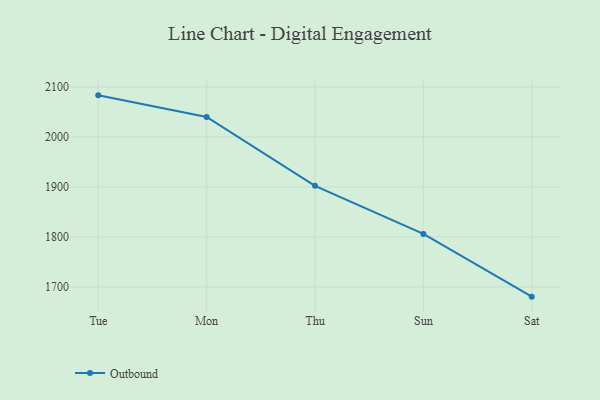
{"axis": {"x": "Day", "y": "Production Output"}, "legend": ["Outbound"], "data": [{"x": "Tue", "y": 2083.2, "type": "Outbound"}, {"x": "Mon", "y": 2040.1, "type": "Outbound"}, {"x": "Thu", "y": 1902.2, "type": "Outbound"}, {"x": "Sun", "y": 1806.0, "type": "Outbound"}, {"x": "Sat", "y": 1680.6, "type": "Outbound"}]}